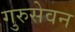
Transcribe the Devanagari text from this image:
गुरुसेवन